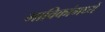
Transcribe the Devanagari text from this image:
भाविकांमध्यें